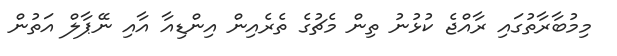
މިމުބާރާތުގައި ރާއްޖެ ކުޅުނު ތިން މެޗުގެ ތެރެއިން އިންޑިއާ އާއި ނޭޕާލް އަތުން